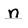
Character: n